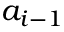
a _ { i - 1 }